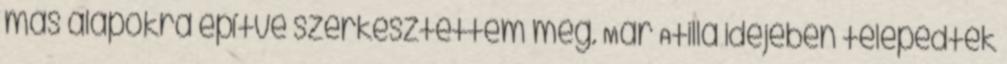
más alapokra építve szerkesztettem meg. Már Atilla idejében telepedtek